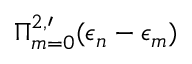
\Pi _ { m = 0 } ^ { 2 , \prime } ( \epsilon _ { n } - \epsilon _ { m } )